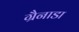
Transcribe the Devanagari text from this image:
ग्रैनाडा